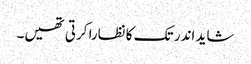
شاید اندر تک کا نظارا کرتی تھیں۔